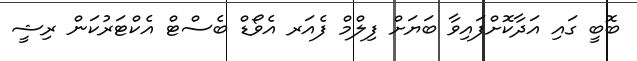
ބޮބީ ގައި އަދާކޮށްފައިވާ ބަޔަށް ފިލްމް ފެއަރ އެވޯޑް ބެސްޓް އެކްޓަރުކަން ރިޝީ